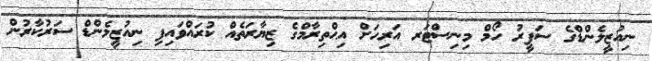
ނިއުޒީލެންޑްގެ ސަފީރު ހޯމް މިނިސްޓަރ އަރިހަށް އިޙްތިރާމްގެ ޒިޔާރަތެއް ކުރައްވައިފި ނިއުޒީލެންޑް ސަރުކާރުން